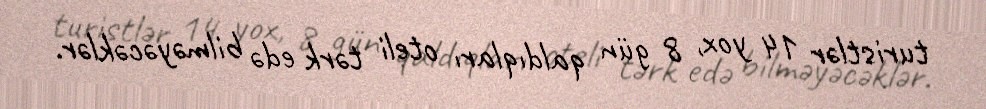
turistlər 14 yox, 8 gün qaldıqları oteli tərk edə bilməyəcəklər.